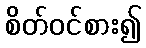
စိတ်ဝင်စား၍